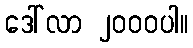
ဒေါ်လာ ၂၀၀၀ပါ။